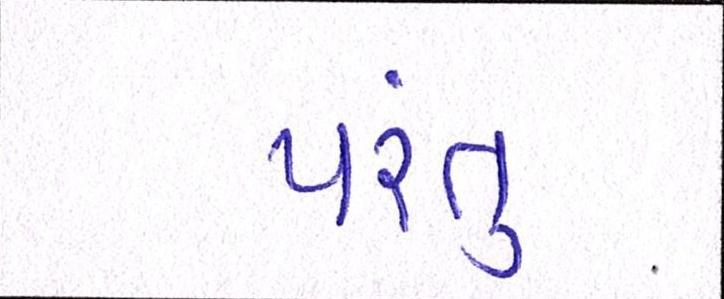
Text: પંરતુ